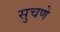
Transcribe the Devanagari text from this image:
सुचणे